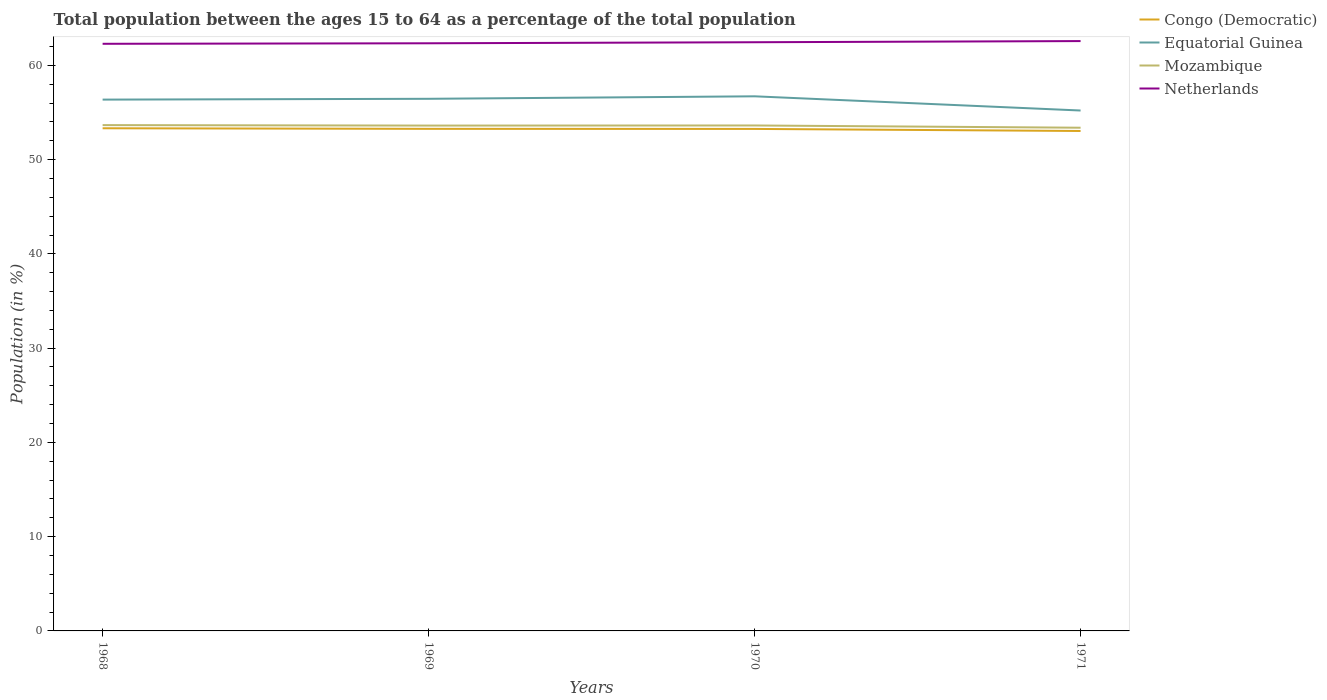
| Years | Congo (Democratic) | Equatorial Guinea | Mozambique | Netherlands |
 | --- | --- | --- | --- | --- |
 | 1968 | 53.3 | 56.4 | 53.7 | 62.3 |
 | 1969 | 53.3 | 56.5 | 53.6 | 62.3 |
 | 1970 | 53.3 | 56.7 | 53.6 | 62.5 |
 | 1971 | 53 | 55.2 | 53.4 | 62.6 |